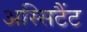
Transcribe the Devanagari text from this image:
अस्सिटैंट